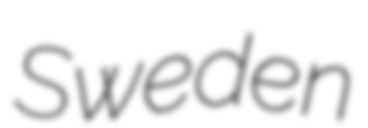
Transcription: Sweden